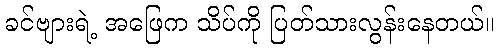
ခင်ဗျားရဲ့ အဖြေက သိပ်ကို ပြတ်သားလွန်းနေတယ်။